Proceedings of the meeting of veterinary officers in India
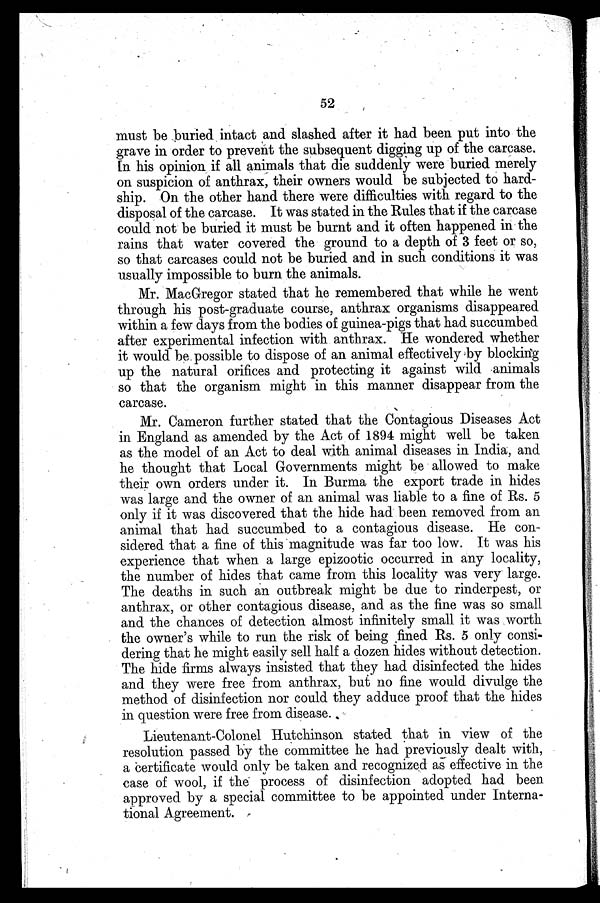
52
must be buried intact and slashed after it had been put into the
grave in order to prevent the subsequent digging up of the carcase.
In his opinion if all animals that die suddenly were buried merely
on suspicion of anthrax, their owners would be subjected to hard-
ship. On the other hand there were difficulties with regard to the
disposal of the carcase. It was stated in the Rules that if the carcase
could not be buried it must be burnt and it often happened in the
rains that water covered the ground to a depth of 3 feet or so,
so that carcases could not be buried and in such conditions it was
usually impossible to burn the animals.
Mr. MacGregor stated that he remembered that while he went
through his post-graduate course, anthrax organisms disappeared
within a few days from the bodies of guinea-pigs that had succumbed
after experimental infection with anthrax. He wondered whether
it would be possible to dispose of an animal effectively by blocking
up the natural orifices and protecting it against wild animals
so that the organism might in this manner disappear from the
carcase.
Mr. Cameron further stated that the Contagious Diseases Act
in England as amended by the Act of 1894 might well be taken
as the model of an Act to deal with animal diseases in India, and
he thought that Local Governments might be allowed to make
their own orders under it. In Burma the export trade in hides
was large and the owner of an animal was liable to a fine of Rs. 5
only if it was discovered that the hide had been removed from an
animal that had succumbed to a contagious disease. He con-
sidered that a fine of this magnitude was far too low. It was his
experience that when a large epizootic occurred in any locality,
the number of hides that came from this locality was very large.
The deaths in such an outbreak might be due to rinderpest, or
anthrax, or other contagious disease, and as the fine was so small
and the chances of detection almost infinitely small it was worth
the owner's while to run the risk of being fined Rs. 5 only consi-
dering that he might easily sell half a dozen hides without detection.
The hide firms always insisted that they had disinfected the hides
and they were free from anthrax, but no fine would divulge the
method of disinfection nor could they adduce proof that the hides
in question were free from disease.
Lieutenant-Colonel Hutchinson stated that in view of the
resolution passed by the committee he had previously dealt with,
a certificate would only be taken and recognized as effective in the
case of wool, if the process of disinfection adopted had been
approved by a special committee to be appointed under Interna-
tional Agreement.